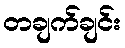
တချက်ချင်း